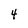
Character: 4